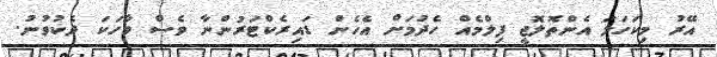
އޭރު މިކަހަލަ އެންތޮލޮޖީ ފިލްމެއް ހެދުމަށް އެހެން ޑައިރެކްޓަރުންނާ ވެސް ވާހަކަ ދެކުވުނު.